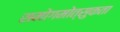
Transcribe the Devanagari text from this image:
समोगमोत्सुकता